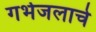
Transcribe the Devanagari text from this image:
गर्भजलाचे